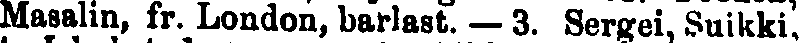
Masalin, fr. London, barlast. — 3. Sergei, Suikki,